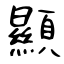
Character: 顯